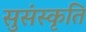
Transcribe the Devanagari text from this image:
सुसंस्कृति